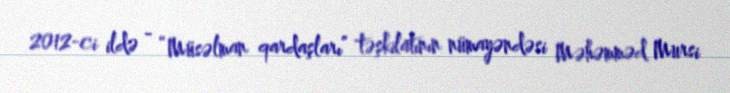
2012-ci ildə - “Müsəlman qardaşları” təşkilatının nümayəndəsi Məhəmməd Mursi